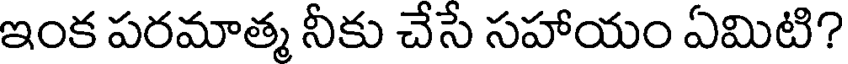
ఇంక పరమాత్మ నీకు చేసే సహాయం ఏమిటి?